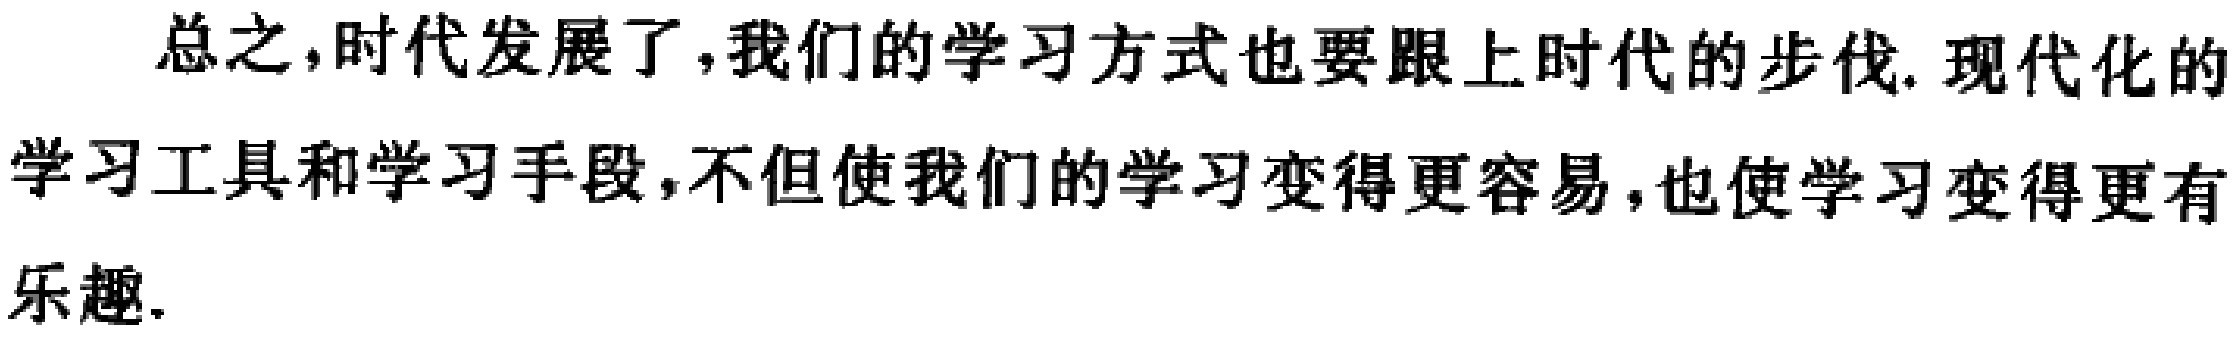
总之，时代发展了,我们的学习方式也要跟上时代的步伐. 现代化的学习工具和学习手段,不但使我们的学习变得更容易,也使学习变得更有乐趣.